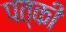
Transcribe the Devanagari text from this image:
पत्‍की